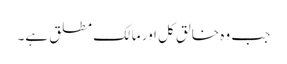
جب وہ خالقِ کل اور مالکِ مطلق ہے۔